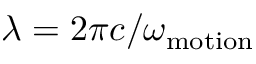
\lambda = 2 \pi c / \omega _ { \mathrm { m o t i o n } }